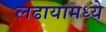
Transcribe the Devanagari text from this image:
लढायामध्ये